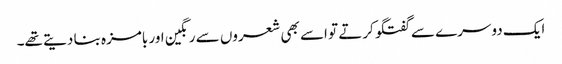
ایک دوسرے سے گفتگو کرتے تو اسے بھی شعروں سے رنگین اور بامزہ بنا دیتے تھے۔